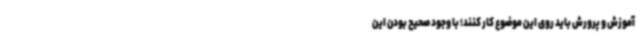
آموزش و پرورش باید روی این موضوع کار کنند؛ با وجود صحیح بودن این